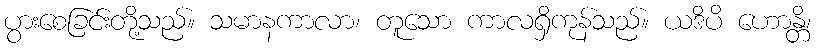
ပွားစေခြင်းတို့သည်။ သမာနကာလာ၊ တူသော ကာလရှိကုန်သည်။ ယဒိပိ ဟောန္တိ၊